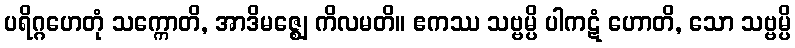
ပရိဂ္ဂဟေတုံ သက္ကောတိ, အာဒိမဇ္ဈေ ကိလမတိ။ ဧကဿ သဗ္ဗမ္ပိ ပါကဋံ ဟောတိ, သော သဗ္ဗမ္ပိ